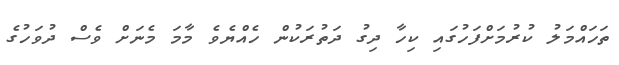
ތަހައްމަލު ކުރުމަށްފަހުގައި ކިހާ ދިގު ދަތުރަކުން ހެއްޔެވެ މާމަ މެނަށް ވެސް ދުވަހުގެ